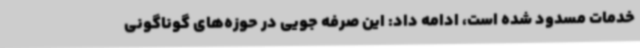
خدمات مسدود شده است، ادامه داد: این صرفه جویی در حوزه‌های گوناگونی